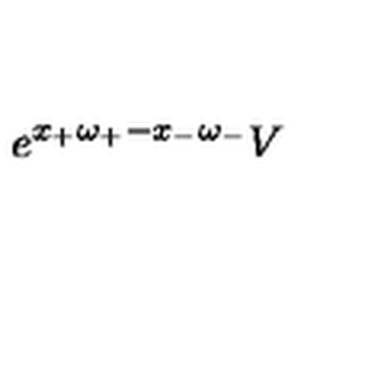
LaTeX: e ^ { x _ { + } \omega _ { + } - x _ { - } \omega _ { - } } V